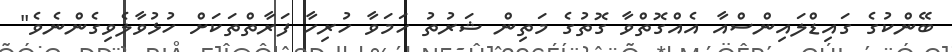
ބޭންކުގެ ގައިޑްލައިންސްއާ އެއްގޮތްވާ ގޮތުގެ މަތިން ޝަރުތު ހަމަވާ ހުރިހާ ފަރާތްތަކަށް ހުޅުވާލެވިގެންނެވެ"